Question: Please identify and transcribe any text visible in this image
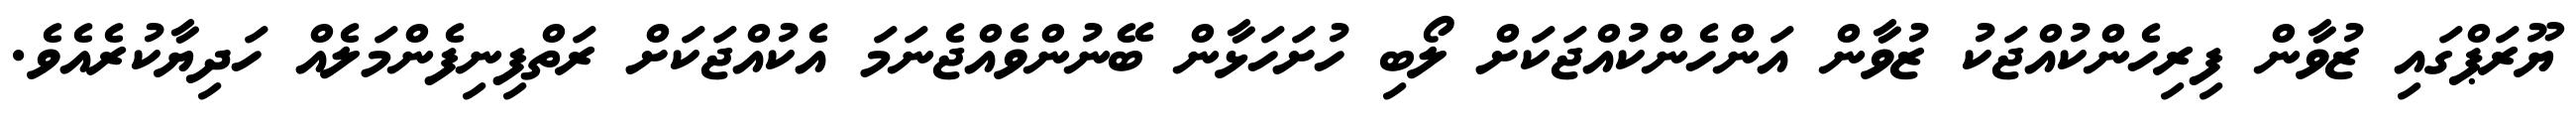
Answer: ޔޫރަޕްގައި ޒުވާން ފިރިހެންކުއްޖަކު ޒުވާން އަންހެންކުއްޖަކަށް ލޯބި ހުށަހަޅާން ބޭނުންވެއްޖެނަމަ އެކުއްޖަކަށް ރަތްފިނިފެންމަލެއް ހަދިޔާކުރެއެވެ.